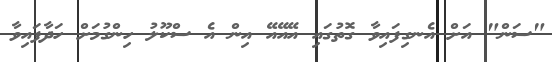
"ސަން" އަށް އެނގިފައިވާ ގޮތުގައި އޭއޭއޭ އިން އެ ސްކޫލު ހިންގުމަށް ހަދާފައިވާ